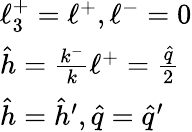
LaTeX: \begin{array}{l}{{\ell_{3}^{+}=\ell^{+},\ell^{-}=0}}\\ {{\hat{h}=\frac{k^{-}}{k}\ell^{+}=\frac{\hat{q}}{2}}}\\ {{\hat{h}=\hat{h}^{\prime},\hat{q}=\hat{q}^{\prime}}}\end{array}